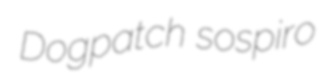
Dogpatch sospiro